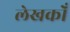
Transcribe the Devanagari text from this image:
लेखकोँ